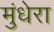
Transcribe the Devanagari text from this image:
मुंधेरा